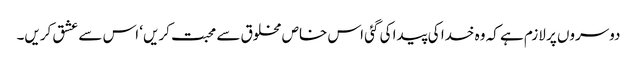
دوسروں پر لازم ہے کہ وہ خدا کی پیدا کی گئی اس خاص مخلوق سے محبت کریں‘ اس سے عشق کریں۔